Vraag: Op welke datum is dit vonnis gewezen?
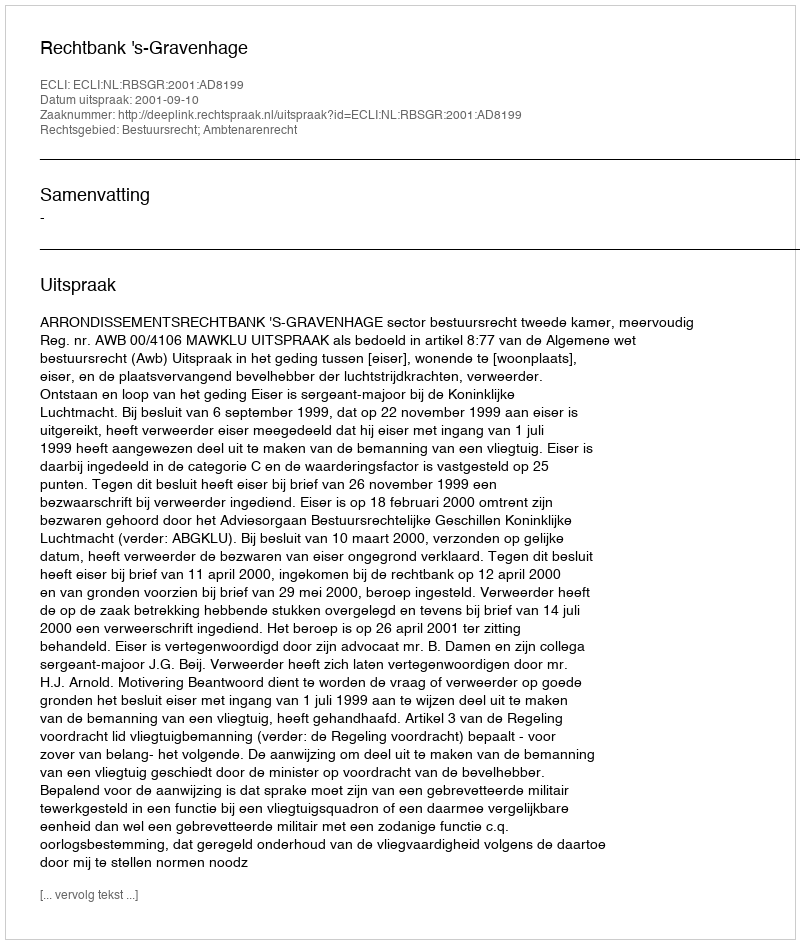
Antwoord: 2001-09-10